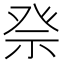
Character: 𥙊